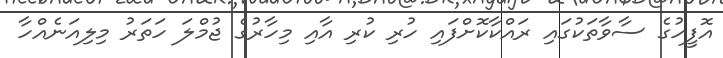
އޮފީހުގެ ސާވާތަކުގައި ރައްކާކޮށްފައި ހުރި ކުރި އާއި މިހާރުގެ ޖުމްލަ ހަތަރު މިލިއަނެއްހާ